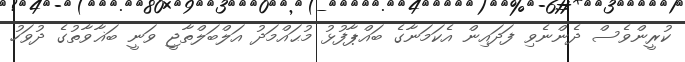
ކުރީންވެސް ދެންނެވި ފަދައިން އެކަމަނާގެ ބައްޕާފުޅު މުޙައްމަދު އަލްބަލްތާޖީ ވަނީ ބަޣާވާތުގެ ދުވަހު